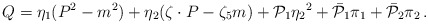
\begin{align*}Q=\eta_{1} (P^2-m^2) + \eta_{2}(\zeta\cdot P-\zeta_5 m) + {\cal P}_{1}{\eta_{2}}^2 +{\bar{\cal P}}_{1}\pi_{1} + {\bar{\cal P}}_{2}\pi_{2}\,.\end{align*}